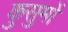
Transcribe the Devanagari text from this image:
कुसुमों